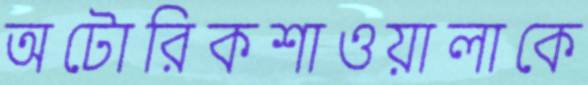
অটোরিকশাওয়ালাকে